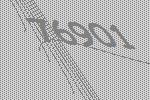
76901